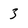
Character: 3